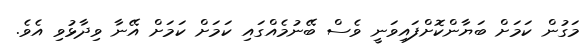
މަގުން ކަމަށް ބަޔާންކޮށްފައިވަނީ ވެސް ބޭނުމެއްގައި ކަމަށް ކަމަށް އޭނާ ވިދާޅުވި އެވެ.